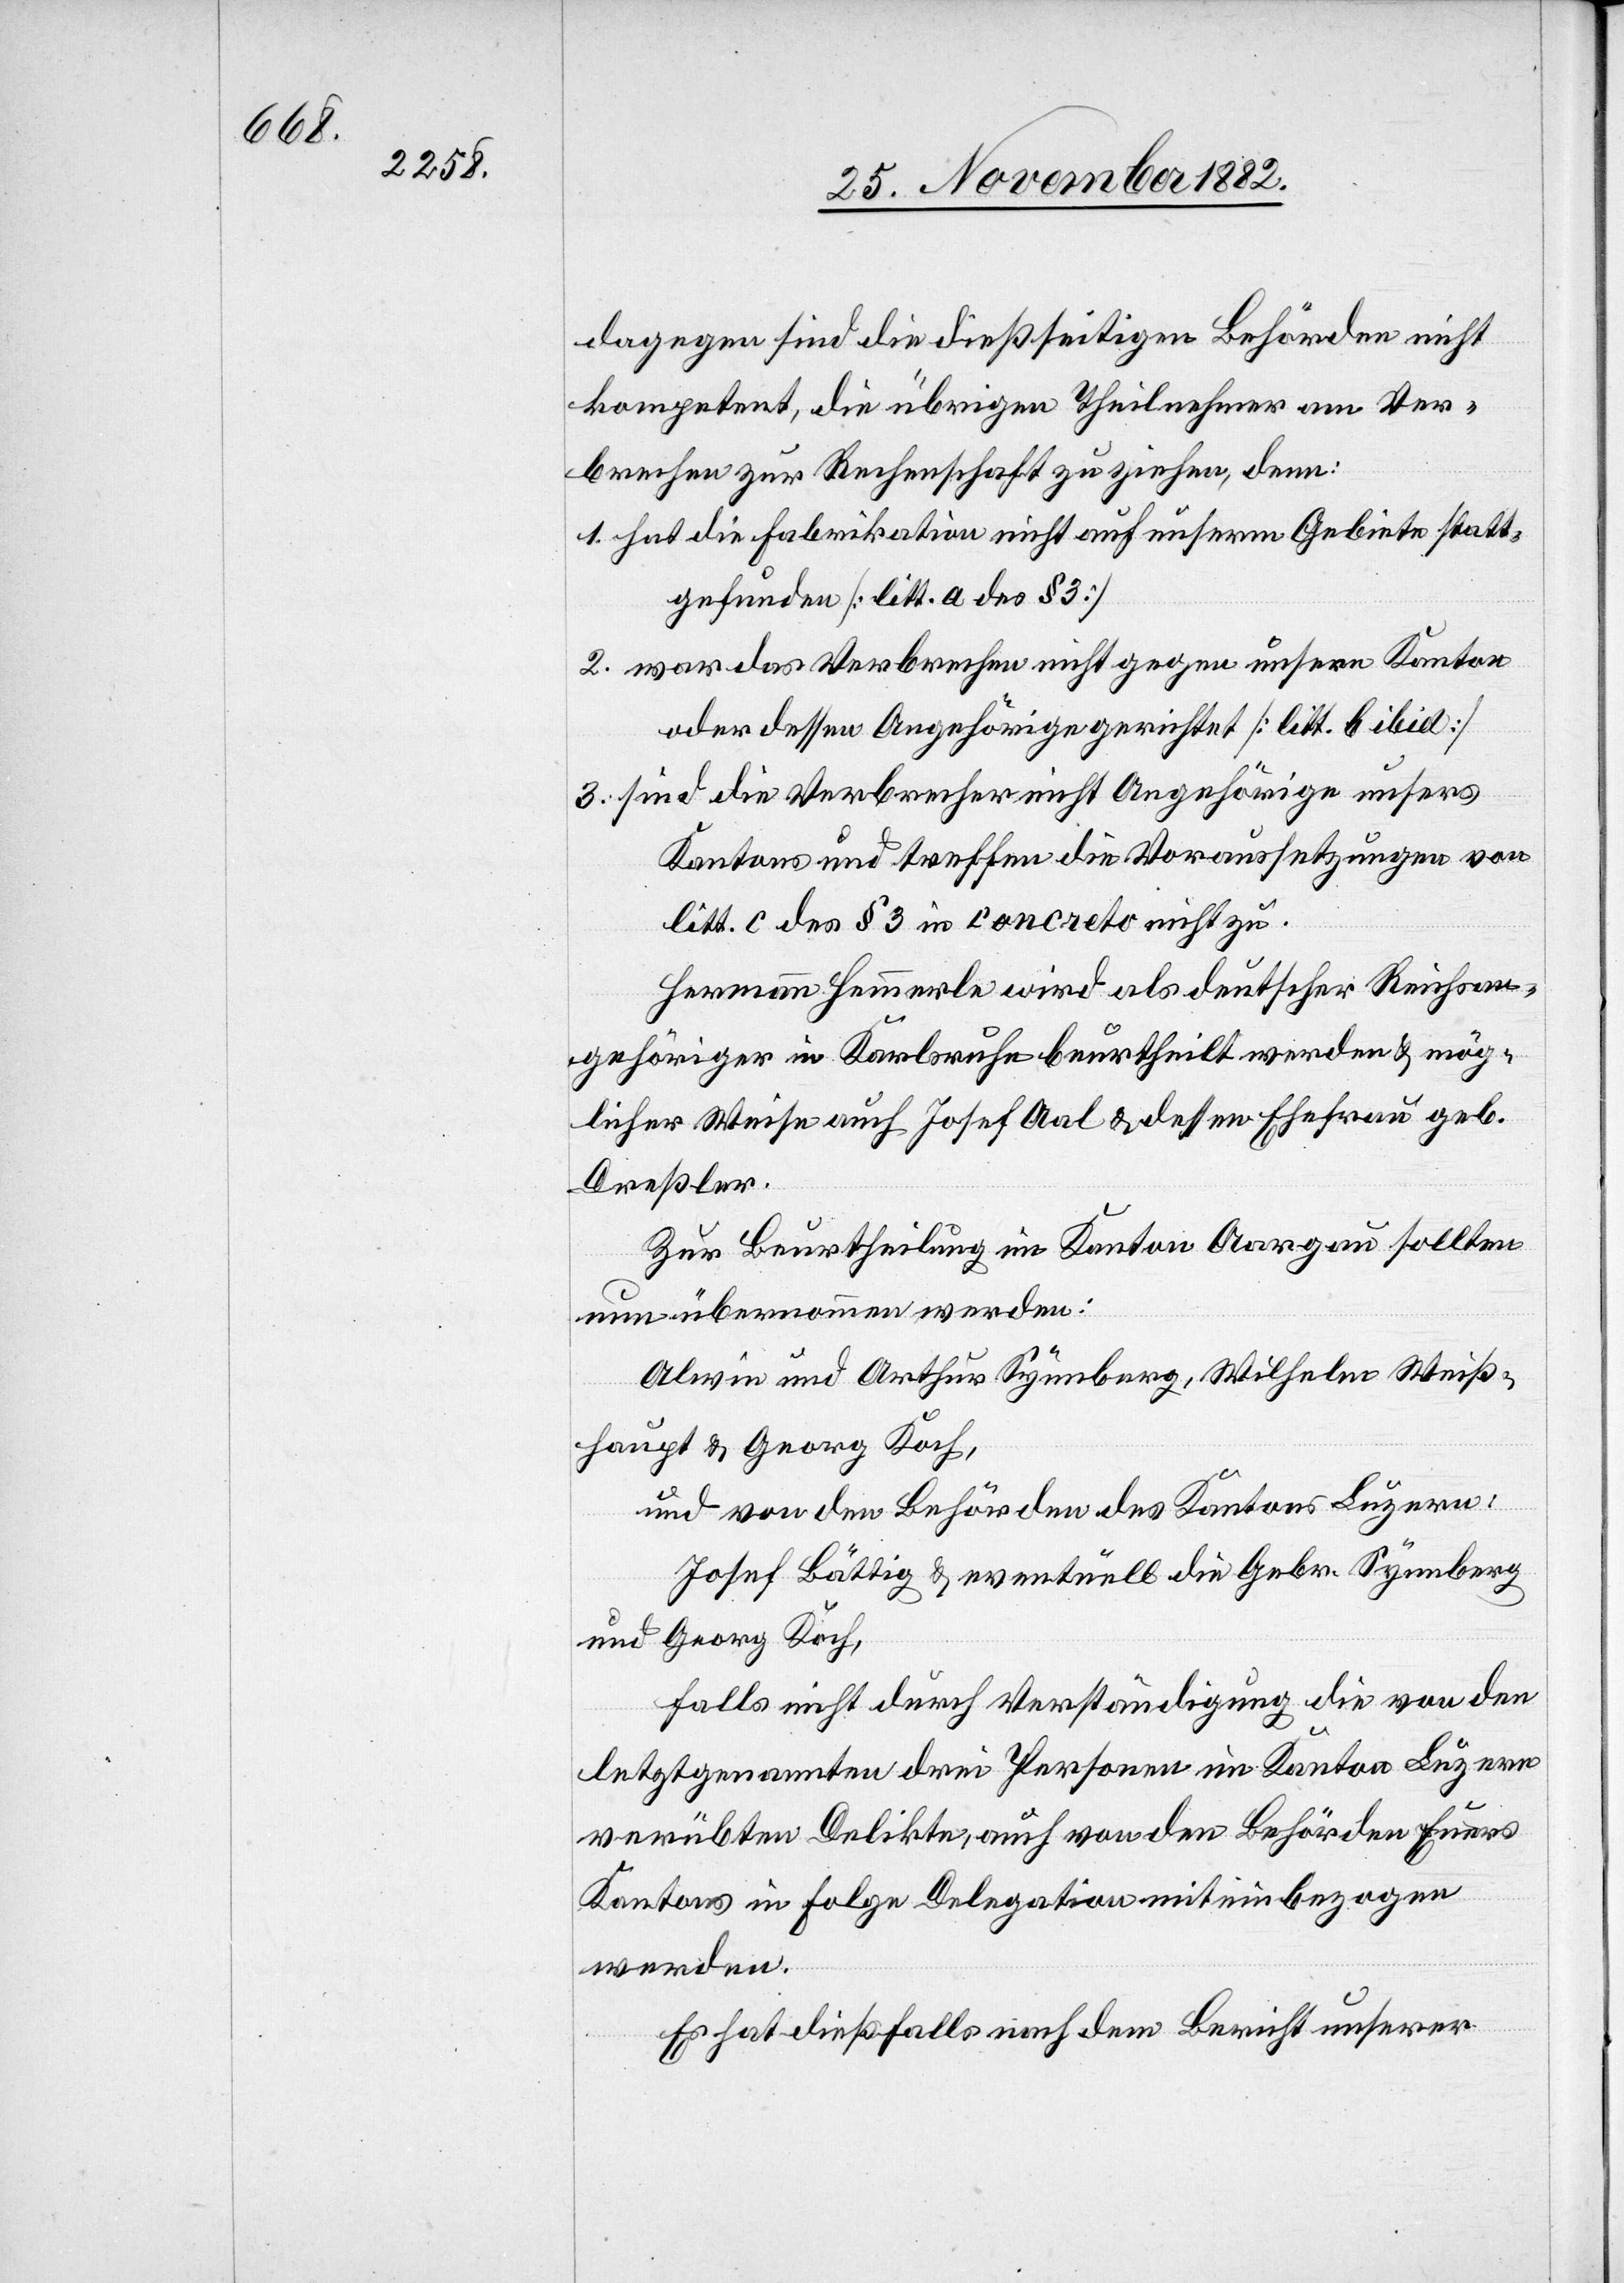
dagegen sind die dießseitigen Behörden nicht
kompetent, die übrigen Theilnehmer am Ver¬
brechen zur Rechenschaft zu ziehen, denn:
1. hat die Fabrikation nicht auf unserm Gebiete statt¬
gefunden [litt. a des § 3]
2. war das Verbrechen nicht gegen unsern Kanton
oder dessen Angehörige gerichtet [litt. b ibid]
3. sind die Verbrecher nicht Angehörige unsers
Kantons und treffen die Voraussetzungen von
litt. c des § 3 in concreto nicht zu.
Hermann Hemmerle wird als deutscher Reichsan¬
gehöriger in Karlsruhe beurtheilt werden & mög¬
licher Weise auch Josef Aal & dessen Ehefrau geb.
Dreßler.
Zur Beurtheilung im Kanton Aargau sollten
nun übernommen werden:
Alwin und Arthur Synnberg, Wilhelm Weiß¬
haupt & Georg Koch,
und von den Behörden des Kantons Luzern:
Josef Bättig & eventuell die Gebr. Synnberg
und Georg Koch,
falls nicht durch Verständigung die von den
letztgenannten drei Personen im Kanton Luzern
verübten Delikte, auch von den Behörden Euers
Kantons in Folge Delegation miteinbezogen
werden.
Es hat dießfalls nach dem Bericht unserer